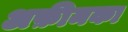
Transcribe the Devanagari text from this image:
अफ़ीमका